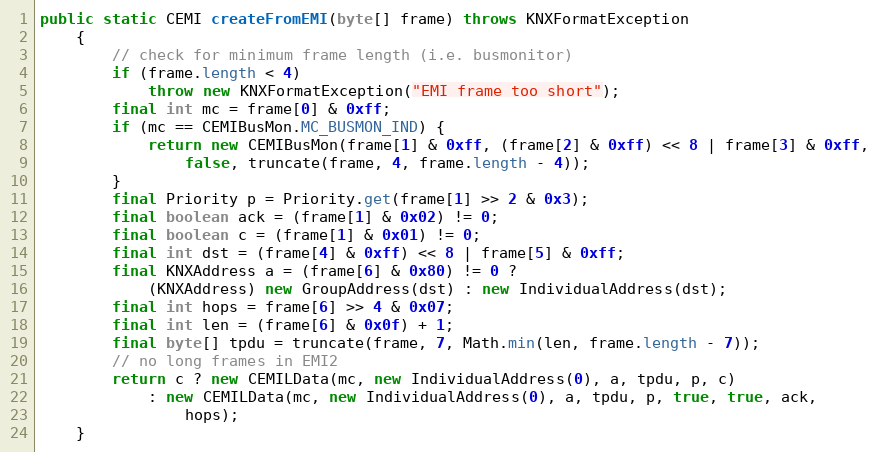
Language: Java
public static CEMI createFromEMI(byte[] frame) throws KNXFormatException
	{
		// check for minimum frame length (i.e. busmonitor)
		if (frame.length < 4)
			throw new KNXFormatException("EMI frame too short");
		final int mc = frame[0] & 0xff;
		if (mc == CEMIBusMon.MC_BUSMON_IND) {
			return new CEMIBusMon(frame[1] & 0xff, (frame[2] & 0xff) << 8 | frame[3] & 0xff,
				false, truncate(frame, 4, frame.length - 4));
		}
		final Priority p = Priority.get(frame[1] >> 2 & 0x3);
		final boolean ack = (frame[1] & 0x02) != 0;
		final boolean c = (frame[1] & 0x01) != 0;
		final int dst = (frame[4] & 0xff) << 8 | frame[5] & 0xff;
		final KNXAddress a = (frame[6] & 0x80) != 0 ?
			(KNXAddress) new GroupAddress(dst) : new IndividualAddress(dst);
		final int hops = frame[6] >> 4 & 0x07;
		final int len = (frame[6] & 0x0f) + 1;
		final byte[] tpdu = truncate(frame, 7, Math.min(len, frame.length - 7));
		// no long frames in EMI2
		return c ? new CEMILData(mc, new IndividualAddress(0), a, tpdu, p, c)
			: new CEMILData(mc, new IndividualAddress(0), a, tpdu, p, true, true, ack,
				hops);
	}